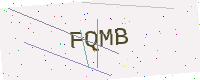
Text: FQMB